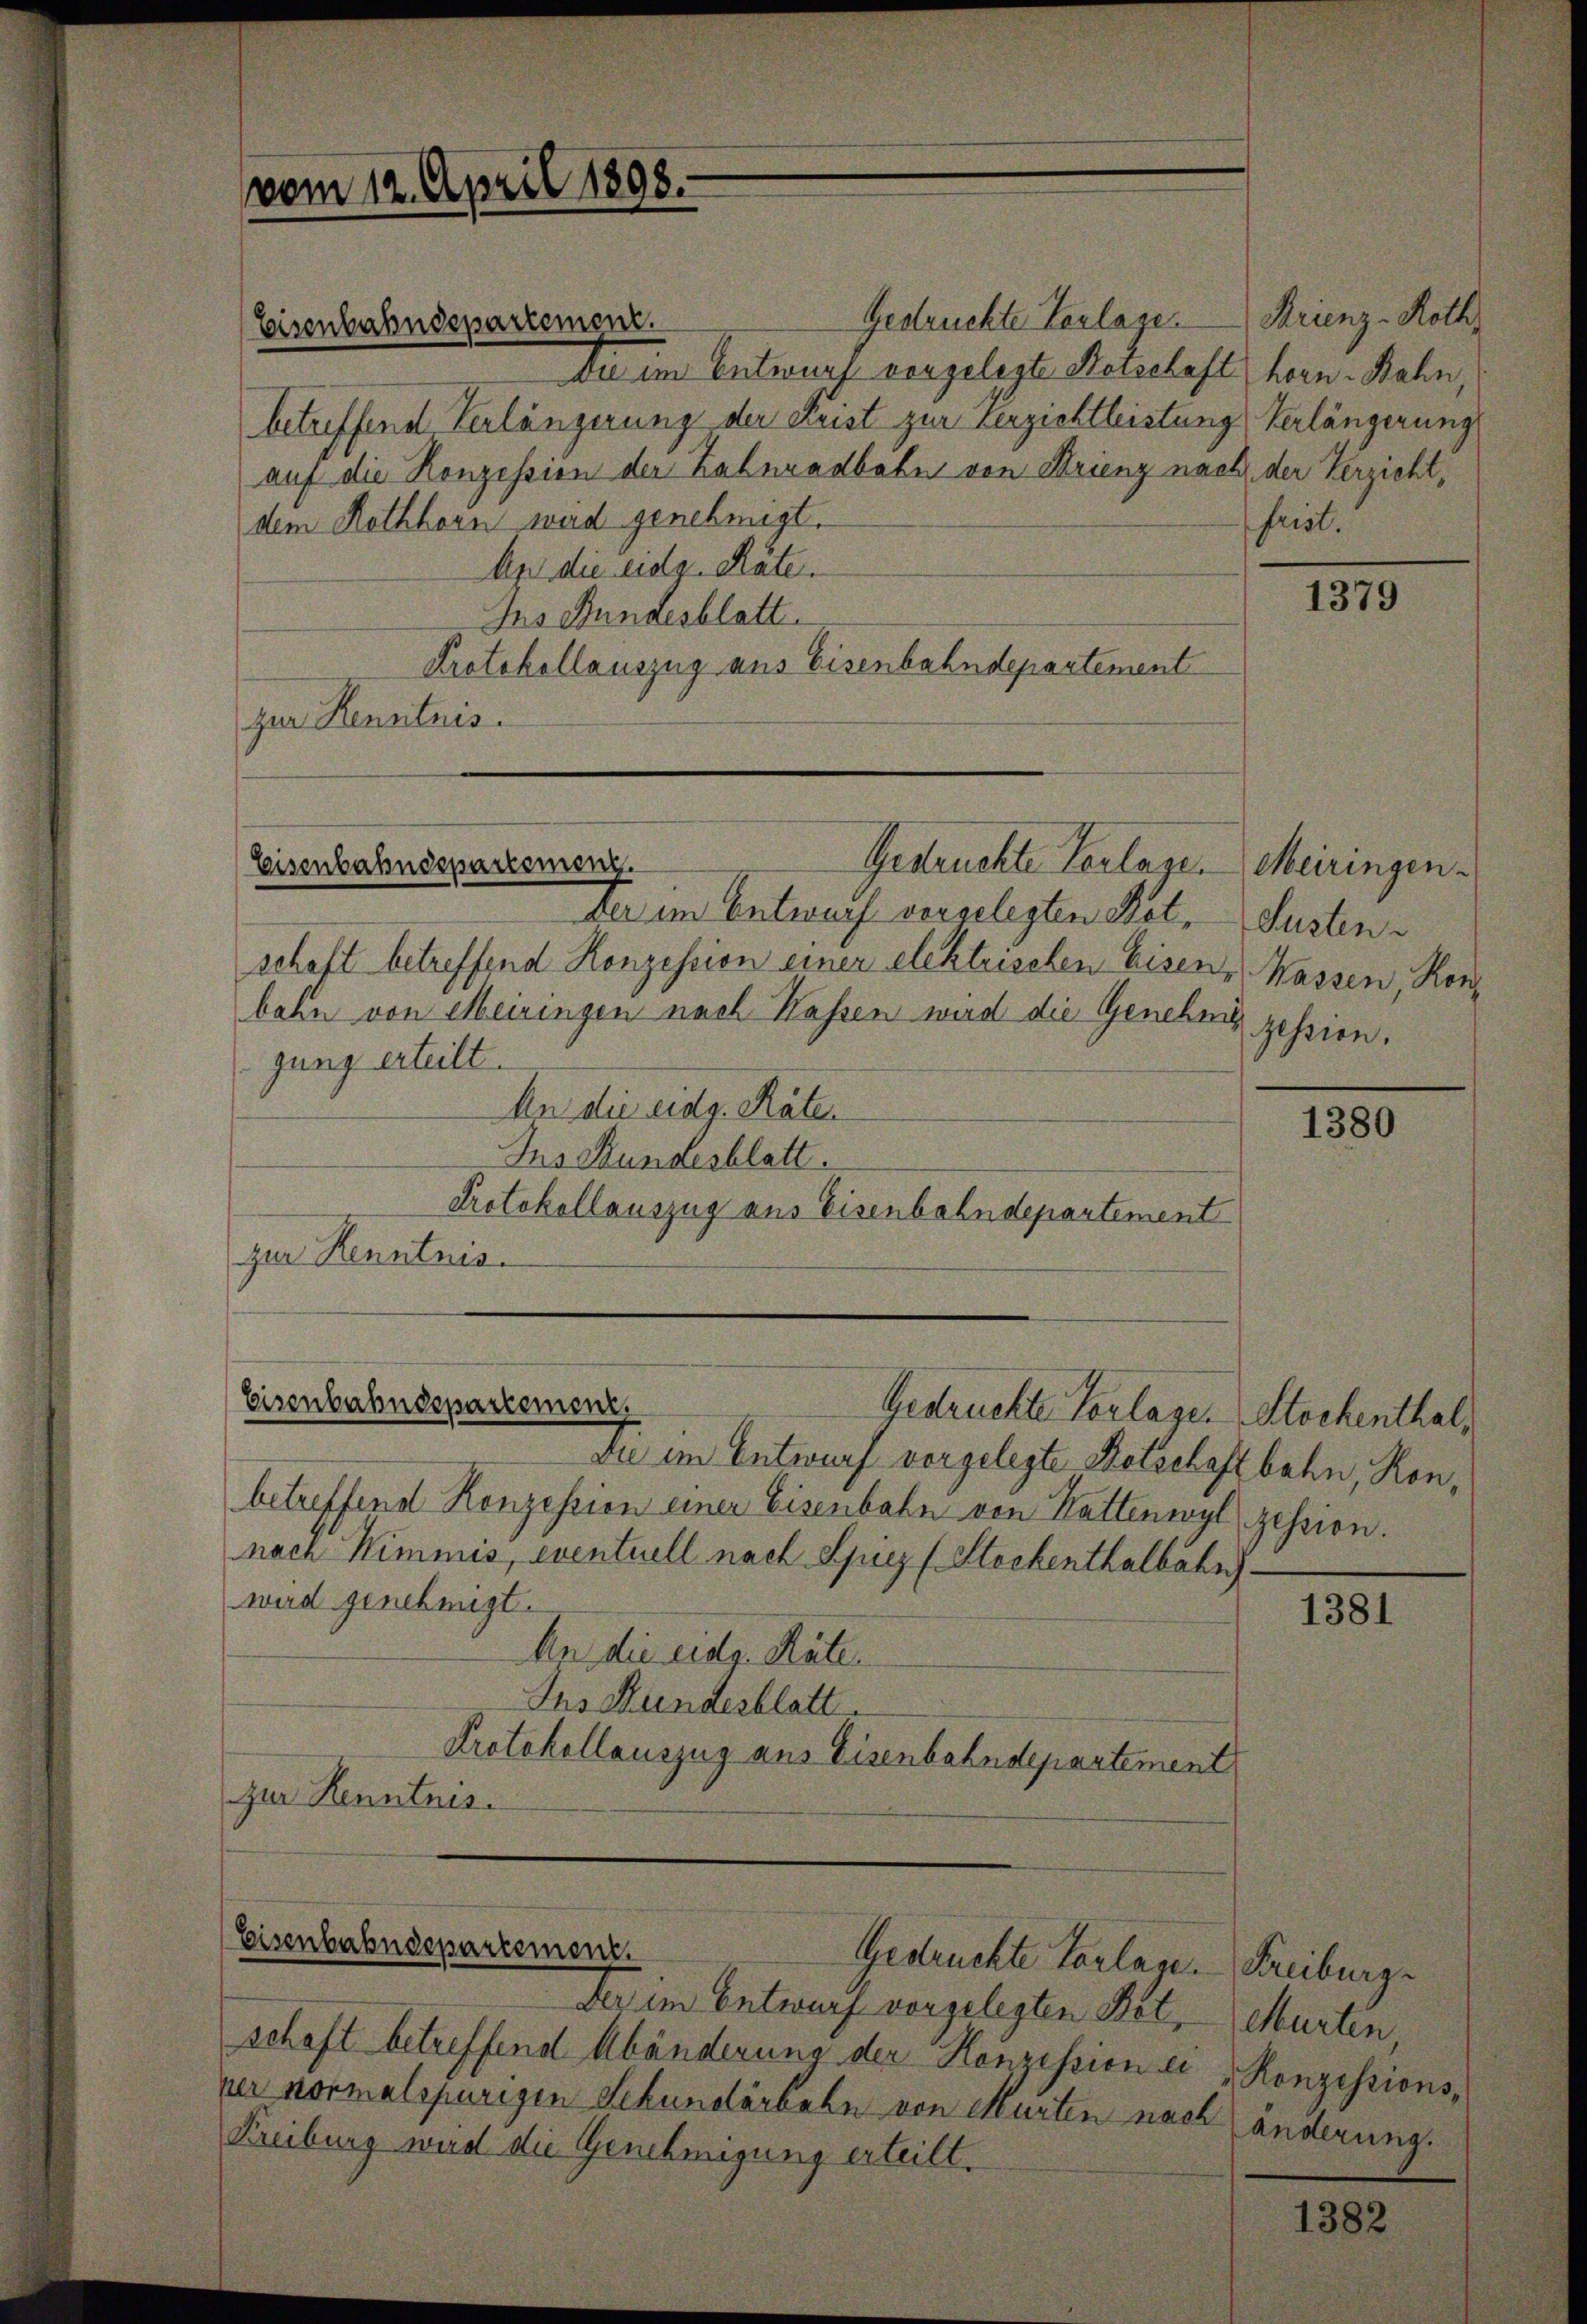
vom 12. April 1898.

Gedrückte Verlage.
Die im Entwurf vorgelegte Notschaft hern Bahn,
betreffend Verlängerung der Frist zur Verzichtleistung Verlängerung
auf die Konzession der Zahnradbahn von Krienz nach der Verzichtdem Rothhorn wird genehmigt.
An die eidg. Räte.
Ins Bundesblatt.
Protokollauszug aus Eisenbahndepartement
zur Kenntnis.

Der im Entwurf vorgelegten Not, Sustenschaft betreffend Konzession einer elektrischen Eisen, Wassen, Rorbahn von Meiringen nach Kassen wird die Genehme zession.
gung erteilt.
An die eidg. Räten
Jus Bundesblatt.
Protokollauszug aus Eisenbahndepartement
zur Kenntnis.

Eisenbahndepartement.

Gestruckte Verlage.
Eisenbahndepartemenz

Eisenbahndepartement.
Gestruckte Vorlage. Stockenthal,

Der im Entwurf vorgelegten Betschaft betreffend Abänderung der Honzession er Konzessionsper normalspurigen Sekundärbahn von Murten nach änderung.
Freiburg wird die Genehmigung erteilt.

Die im Entwurf vorgelegte Retschaftbahn, Honbetreffend Konzession einer Eisenbahn von Kattenwyl zession.
nach Nimmis, eventuell nach Spiez (Stockenthalbahn
wird genehmigt.
An die Eidg. Rate
Ins Mundesblatt
Protokollauszug aus Eisenbahndepartement
zur Kenntnis.

Eisenbahndepartement.
Gedrückte Vorlage. Freiburg

Krienz-Hoth,
frist.

1379

Meiringen.

1380

1381

Murten,

1382